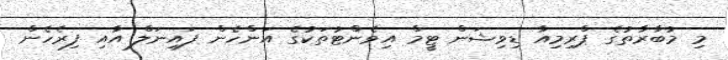
މި މުބާރާތުގެ ޕްރިމިއާ ޑިވިޝަން ޓީމް އިވެންޓުތަކުގެ އަންހެން ފައިނަލް އާއި ފިރެހެން